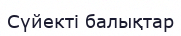
Сүйекті балықтар